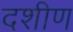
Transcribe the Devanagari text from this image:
दशीण